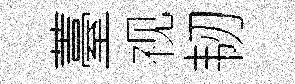
薹视韧